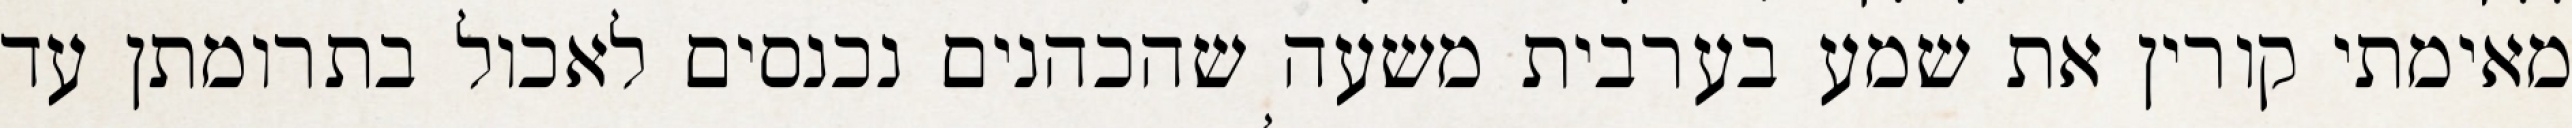
מאימתי קורין את שמע בערבית משעה שהכהנים נכנסים לאכול בתרומתן עד